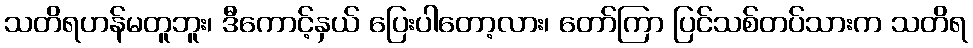
သတိရဟန်မတူဘူး၊ ဒီကောင့်နှယ် ပြေးပါတော့လား၊ တော်ကြာ ပြင်သစ်တပ်သားက သတိရ